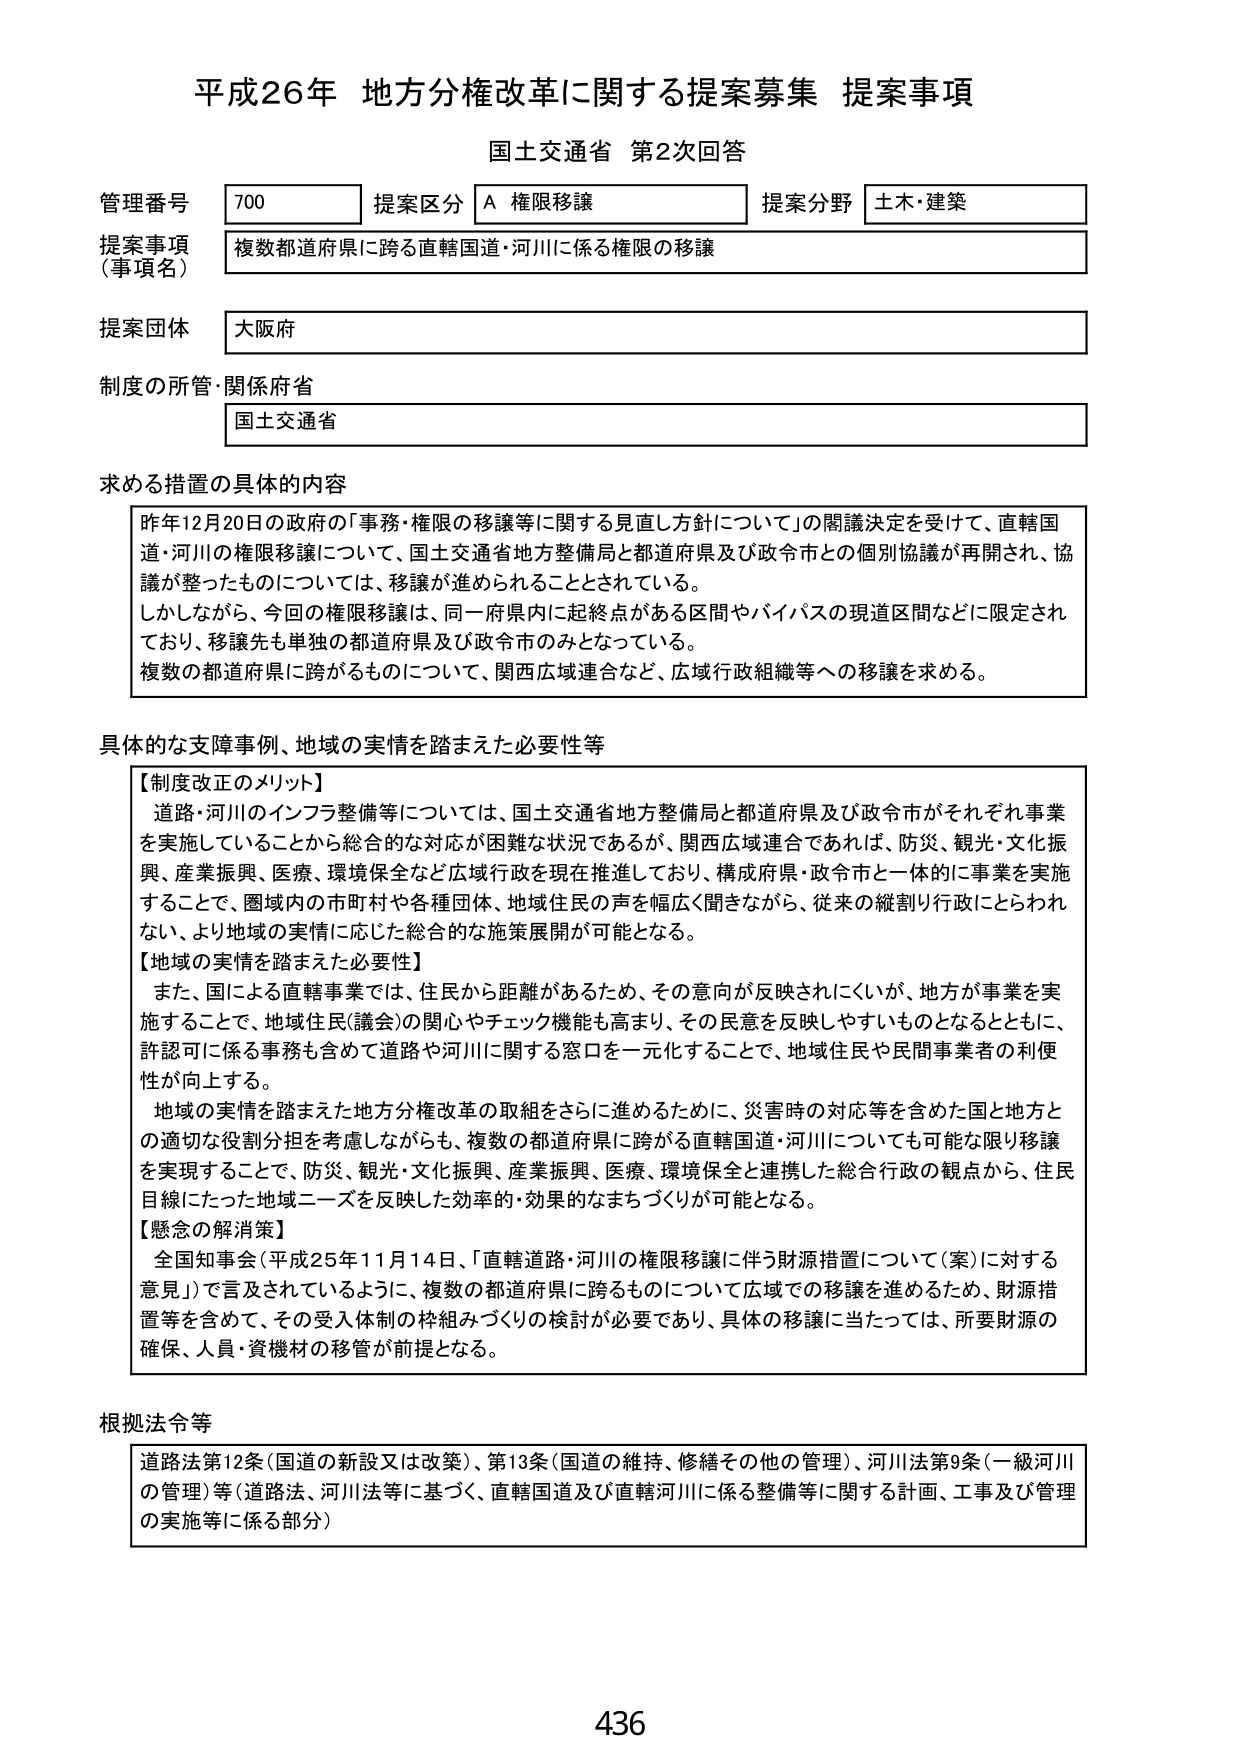
平成26年 地方分権改革に関する提案募集 提案事項
国土交通省 第2次回答

管理番号 700
提案区分 A 権限移譲
提案分野 土木・建築

提案事項（事項名）
複数都道府県に跨る直轄国道・河川に係る権限の移譲

提案団体
大阪府

制度の所管・関係府省
国土交通省

求める措置の具体的内容
昨年12月20日の政府の「事務・権限の移譲等に関する見直し方針について」の閣議決定を受けて、直轄国道・河川の権限移譲について、国土交通省地方整備局と都道府県及び政令市との個別協議が再開され、協議が整ったものについては、移譲が進められることとされている。
しかしながら、今回の権限移譲は、同一府県内に起終点がある区間やバイパスの現道区間などに限定されており、移譲先も単独の都道府県及び政令市のみとなっている。
複数の都道府県に跨がるものについて、関西広域連合など、広域行政組織等への移譲を求める。

具体的な支障事例、地域の実情を踏まえた必要性等
【制度改正のメリット】
道路・河川のインフラ整備等については、国土交通省地方整備局と都道府県及び政令市がそれぞれ事業を実施していることから総合的な対応が困難な状況であるが、関西広域連合であれば、防災、観光・文化振興、産業振興、医療、環境保全など広域行政を現在推進しており、構成府県・政令市と一体的に事業を実施することで、圏域内の市町村や各種団体、地域住民の声を幅広く聞きながら、従来の縦割り行政にとらわれない、より地域の実情に応じた総合的な施策展開が可能となる。

【地域の実情を踏まえた必要性】
また、国による直轄事業では、住民から距離があるため、その意向が反映されにくいが、地方が事業を実施することで、地域住民（議会）の関心やチェック機能も高まり、その民意を反映しやすいものとなるとともに、許認可に係る事務も含めて道路や河川に関する窓口を一元化することで、地域住民や民間事業者の利便性が向上する。
地域の実情を踏まえた地方分権改革の取組をさらに進めるために、災害時の対応等を含めた国と地方との適切な役割分担を考慮しながらも、複数の都道府県に跨がる直轄国道・河川についても可能な限り移譲を実現することで、防災、観光・文化振興、産業振興、医療、環境保全と連携した総合行政の観点から、住民目線にたった地域ニーズを反映した効率的・効果的なまちづくりが可能となる。

【懸念の解消策】
全国知事会（平成25年11月14日、「直轄道路・河川の権限移譲に伴う財源措置について（案）に対する意見」）で言及されているように、複数の都道府県に跨るものについて広域での移譲を進めるため、財源措置等を含めて、その受入体制の枠組みづくりの検討が必要であり、具体的移譲に当たっては、所要財源の確保、人員・資機材の移管が前提となる。

根拠法令等
道路法第12条（国道の新設又は改築）、第13条（国道の維持、修繕その他の管理）、河川法第9条（一級河川の管理）等（道路法、河川法等に基づく、直轄国道及び直轄河川に係る整備等に関する計画、工事及び管理の実施等に係る部分）

436